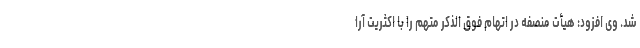
شد. وی افزود: هیأت منصفه در اتهام فوق الذکر متهم را با اکثریت آرا